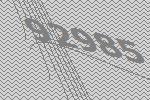
92985